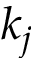
k _ { j }